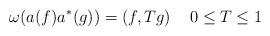
LaTeX: \begin{align*}\omega (a(f)a^{*}(g))=\left( f,Tg\right) \quad 0\leq T\leq 1\end{align*}